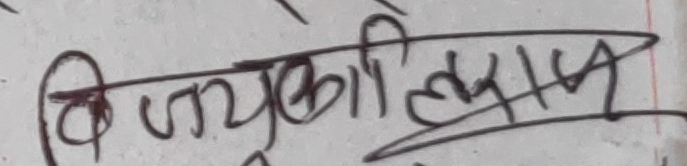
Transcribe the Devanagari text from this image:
विज्युतिलक्षी